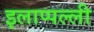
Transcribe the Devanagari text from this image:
इलाप्पल्ली